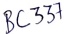
Text: BC337